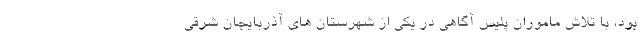
بود، با تلاش ماموران پلیس آگاهی در یکی از شهرستان های آذربایجان شرقی